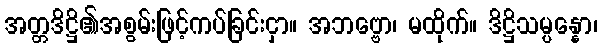
အတ္တဒိဋ္ဌိ၏အစွမ်းဖြင့်ကပ်ခြင်းငှာ။ အဘဗ္ဗော၊ မထိုက်။ ဒိဋ္ဌိသမ္ပန္နော၊